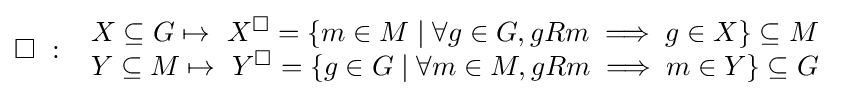
\Box \ :\ {\begin{array}{l}X\subseteq G\mapsto \ X^{\Box }=\lbrace m\in M\mid \forall g\in G,gRm\implies g\in X\rbrace \subseteq M\\Y\subseteq M\mapsto \ Y^{\Box }=\lbrace g\in G\mid \forall m\in M,gRm\implies m\in Y\rbrace \subseteq G\end{array}}